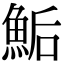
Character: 鮜